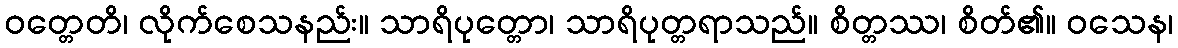
ဝတ္တေတိ၊ လိုက်စေသနည်း။ သာရိပုတ္တော၊ သာရိပုတ္တရာသည်။ စိတ္တဿ၊ စိတ်၏။ ဝသေန၊